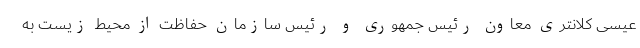
عیسی کلانتری معاون رئیس جمهوری و رئیس سازمان حفاظت از محیط زیست به